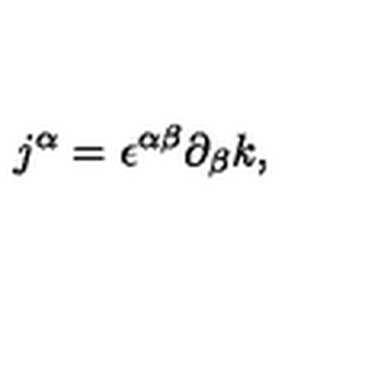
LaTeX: j ^ { \alpha } = { \epsilon } ^ { \alpha \beta } { \partial } _ { \beta } k ,